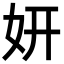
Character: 妍